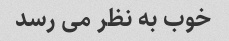
خوب به نظر می رسد